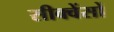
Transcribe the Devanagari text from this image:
सीक्वेंसों